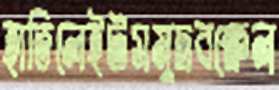
হাতিলেইটসমুদ্রবক্ষেল